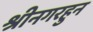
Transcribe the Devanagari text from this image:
श्रीनगरहुन